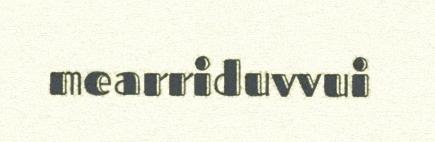
mearriduvvui